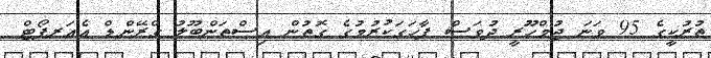
ތުރުކީގެ 95 ވަނަ ޖުމްހޫރީ ދުވަސް ފާހަގަކުރުމުގެ ގޮތުން އިސްތަންބޫލު ގްރޭންޑް އެއަރޕޯޓް